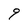
Character: 9